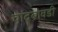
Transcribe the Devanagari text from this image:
चांदबावडी